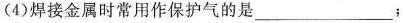
(4)焊接金属时常用作保护气的是___；